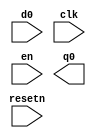
// This program was cloned from: https://github.com/haojunliu/OpenFPGA
// License: BSD 2-Clause "Simplified" License

module edge_testing (d0,clk, resetn, en,q0);

input clk;
input resetn;
input en;
input d0;
output q0;

posedge_reg_sync_reset zzxx_posedge_reg_sync_reset_zzxx (d2,clk,resetn,en,q2);

endmodule


module posedge_reg_sync_reset(d,clk,resetn,en,q);


input clk;
input resetn;
input en;
input d;
output  q;
reg q;

always @(posedge clk )		
begin
	if (resetn==0)
		q<=0;
	else if (en==1)
		q<=d;
end

endmodule